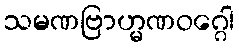
သမဏဗြာဟ္မဏဝဂ္ဂေါ